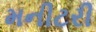
મનીટરી